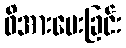
ဖိအားပေးခြင်း